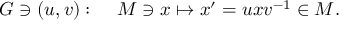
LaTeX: { \cal G } \ni ( u , v ) : \; \; \; \; { \cal M } \ni x \mapsto x ^ { \prime } = u x v ^ { - 1 } \in { \cal M } .